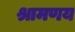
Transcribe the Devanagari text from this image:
श्रामणय